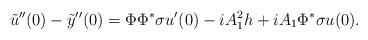
LaTeX: \begin{align*}\tilde{u}^{\prime\prime}(0) - \tilde{y}^{\prime\prime}(0) = \Phi \Phi^* \sigma u^{\prime}(0) - i A_1^2 h + i A_1 \Phi^* \sigma u(0).\end{align*}